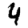
Digit: 4